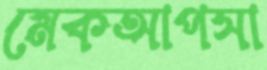
মেকআপসা